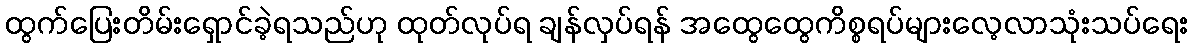
ထွက်ပြေးတိမ်းရှောင်ခဲ့ရသည်ဟု ထုတ်လုပ်ရ ချန်လှပ်ရန် အထွေထွေကိစ္စရပ်များလေ့လာသုံးသပ်ရေး